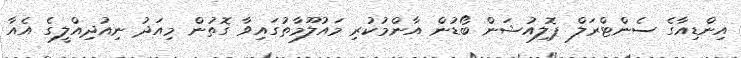
އިންޑިއާގެ ސެންޓްރަލް ޕޮލިއުޝަން ބޯޑުން އާންމުކުރި މައުލޫމާތުގައިވާ ގޮތުން މިއަދު ނިއުދިއްލީގެ އެއާ